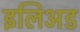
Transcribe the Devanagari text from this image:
इलिअड